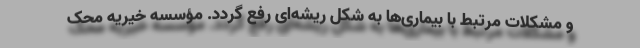
و مشکلات مرتبط با بیماری‌ها به شکل ریشه‌ای رفع گردد. مؤسسه خیریه محک